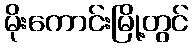
မိုးကောင်းမြို့တွင်